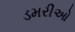
ડમરીઓ